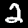
Digit: 2